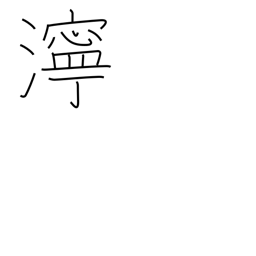
Meaning: muddiness